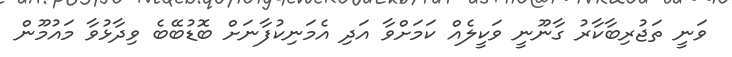
ވަނީ ތަޖުރިބާކާރު ގާނޫނީ ވަކީލެއް ކަމަށްވާ އަދި އެމަނިކުފާނަށް ބޮޑުބޭބެ ވިދާޅުވާ މައުމޫން